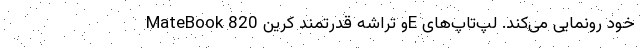
MateBook و تراشه قدرتمند کرین 820E خود رونمایی می‌کند. لپ‌تاپ‌های